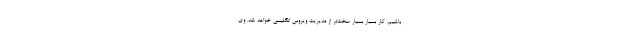
باشیم، کار بسیار بسیار سخت‌تر از مدیریت ویروس انگلیسی خواهد شد. وی